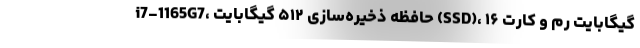
i7-1165G7، حافظه ذخیره‌سازی ۵۱۲ گیگابایت (SSD)، ۱۶ گیگابایت رم و کارت